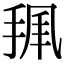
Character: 𢭥